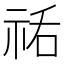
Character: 𰧼